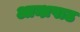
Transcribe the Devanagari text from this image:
आन्ध्रपाठ